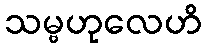
သမ္ဗဟုလေဟိ